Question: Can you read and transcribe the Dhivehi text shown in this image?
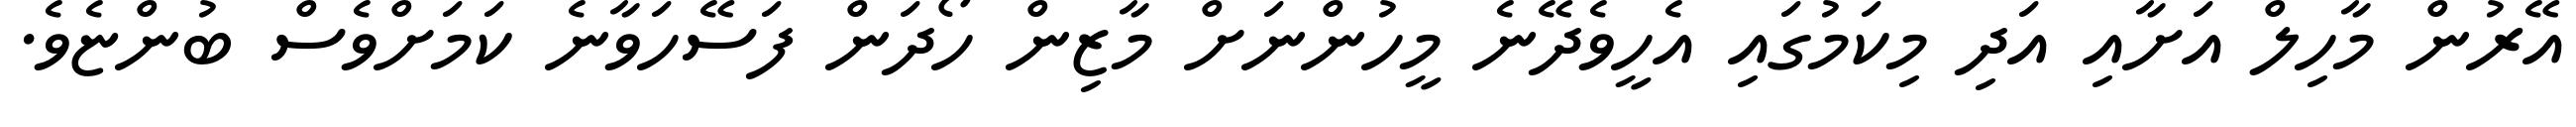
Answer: އޭރުން މާހިލް އަށާއި އަދި މިކަމުގައި އެހީވެދޭނެ މީހުންނަށް މާޒިން ހޯދަން ފަސޭހަވާނެ ކަމަށްވެސް ބުންޏެވެ.